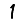
Digit: 1